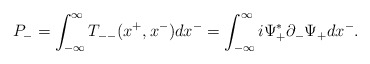
\begin{align*}P_-=\int_{-{\infty }}^{\infty }T_{--}(x^+,x^-)dx^-=\int_{-{\infty }}^{\infty }i{\Psi}_+^{\ast }{\partial}_-{\Psi}_+dx^-. \end{align*}